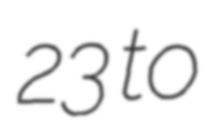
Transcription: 23 to